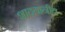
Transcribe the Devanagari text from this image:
शाठयानीय